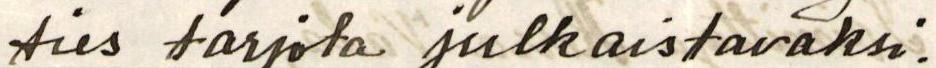
ties tarjota julkaistavaksi.